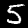
Digit: 5